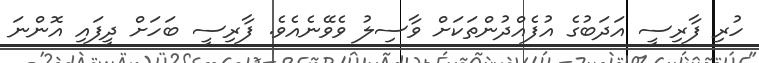
ހުރި ފާރިސީ އަދަބުގެ އުފެއްދުންތަކަށް ވާސިލު ވެވޭނެއެވެ. ފާރިސީ ބަހަށް ދީފައި އޮންނަ